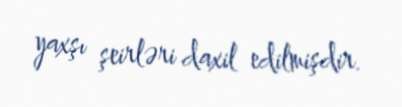
yaxşı şeirləri daxil edilmişdir.